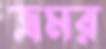
ভ্রমর